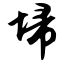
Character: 埽